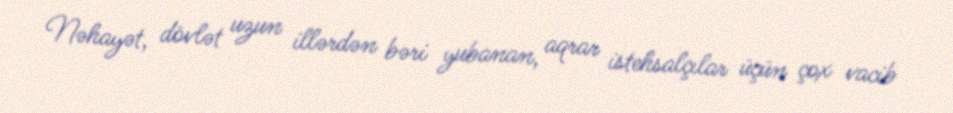
Nəhayət, dövlət uzun illərdən bəri yubanan, aqrar istehsalçılar üçün çox vacib